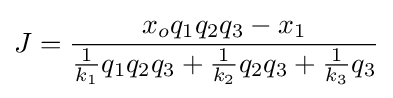
J={\frac {x_{o}q_{1}q_{2}q_{3}-x_{1}}{{\frac {1}{k_{1}}}q_{1}q_{2}q_{3}+{\frac {1}{k_{2}}}q_{2}q_{3}+{\frac {1}{k_{3}}}q_{3}}}